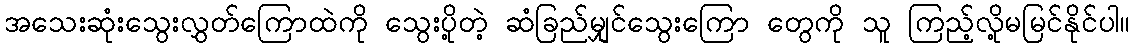
အသေးဆုံးသွေးလွှတ်ကြောထဲကို သွေးပို့တဲ့ ဆံခြည်မျှင်သွေးကြော တွေကို သူ ကြည့်လို့မမြင်နိုင်ပါ။